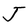
Character: J